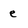
Character: e